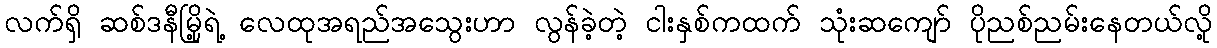
လက်ရှိ ဆစ်ဒနီမြို့ရဲ့ လေထုအရည်အသွေးဟာ လွန်ခဲ့တဲ့ ငါးနှစ်ကထက် သုံးဆကျော် ပိုညစ်ညမ်းနေတယ်လို့